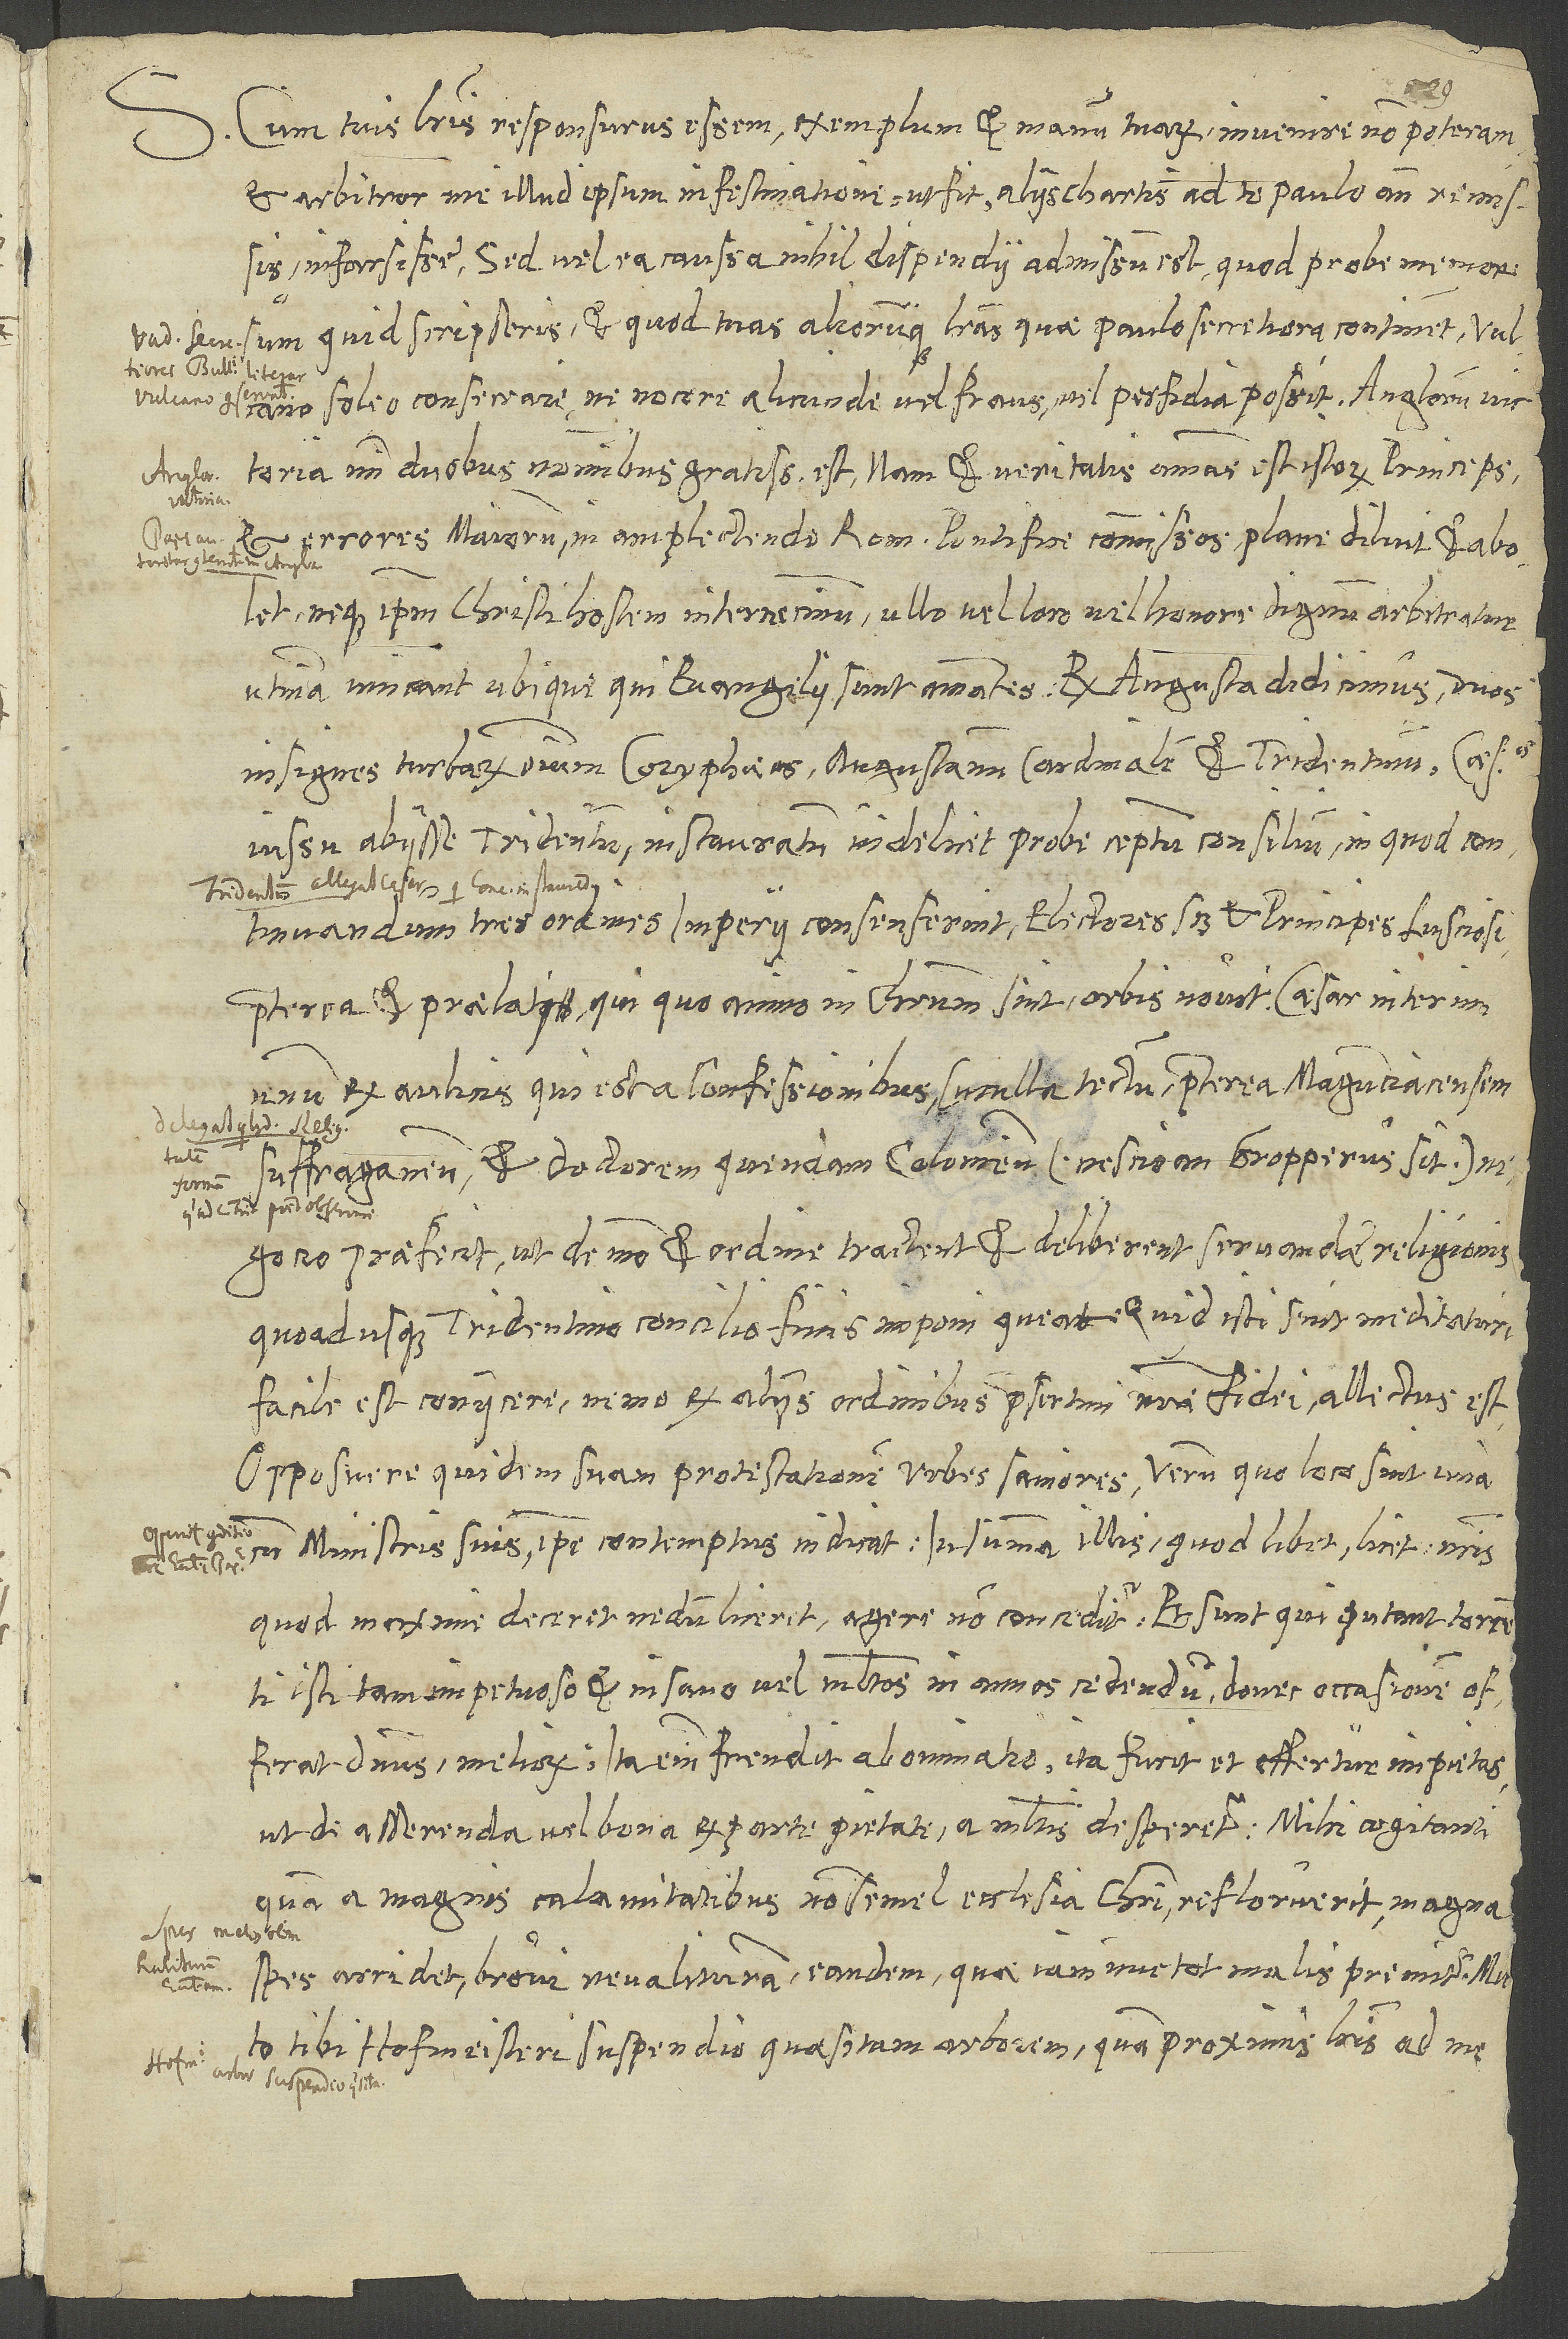
Cum tuis literis responsurus essem, exemplum et manum tuarum invenire non poteram,
et arbitror me illud ipsum in festinatione, ut fit, aliis chartis ad te paulo ante remissis
infarsisse. Sed vel ea caussa nihil dispendii admissum est, quod probe memor
S.
sum, quid scripseris, et quod tuas aliorumque literas, quae paulo secretiora continent, Vulcano
soleo consecrare, ne nocere alicunde vel fraus vel perfidia possit.
victoria mihi duobus nominibus gratissima est: Nam et veritatis amans est istorum princeps
et errores maiorum in amplectendo Romano pontifice commissos plane diluit et abolet
neque ipsum, Christi hostem internecinum, ullo vel loco vel honore dignum arbitratur.
insignes turbarum omnium coryphaeos, Augustanum cardinalem et Tridentinum, caesaris
iussu abiisse Tridentum, instauratum videlicet probe ceptum concilium, in quod continuandum
praeterea et praelati, qui quo animo in Christum sint, orbis novit. Caesar interim
unum ex aulicis, qui est a confessionibus, cuculla tectum, praeterea Magunciacensem
suffraganeum et doctorem quendam Coloniensem (nescio, an Gropperus sit)
negocio praefecit, ut de modo et ordine tractent et deliberent servandae religionis,
quoadusque Tridentino concilio finis imponi queat. Quid isti sint meditaturi,
facile est coniicere. Nemo ex aliis ordinibus, praesertim nostrae fidei, allectus est.
Opposuere quidem suam protestationem urbes saniores. Verum quo loco sint una
quod maxime deceret, nedum liceret, agere non conceditur! Et sunt, qui putant torrenti
isti tam impetuoso et insano vel multos in annos cedendum, donec occasionem
offerat dominus meliorem. Ita enim frendit abominatio, ita furit et effertur impietas,
ut de asserenda vel bona ex parte pietate a multis desperetur. Mihi cogitanti,
quam a magnis calamitatibus non semel ecclesia Christi refloruerit, magna
spes arridet brevi revalituram eandem, quae iam nunc tot malis premitur.
tibi Hofmeisteri suspendio quaesitam arborem, quam proximis literis ad me